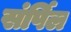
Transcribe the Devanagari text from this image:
संर्पिल